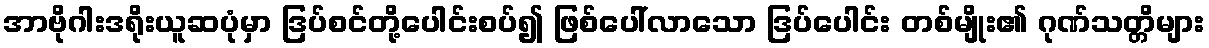
အာဗိုဂါးဒရိုးယူဆပုံမှာ ဒြပ်စင်တို့ပေါင်းစပ်၍ ဖြစ်ပေါ်လာသော ဒြပ်ပေါင်း တစ်မျိုး၏ ဂုဏ်သတ္တိများ